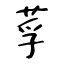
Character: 莩